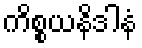
ကိစ္စယနိဒါနံ